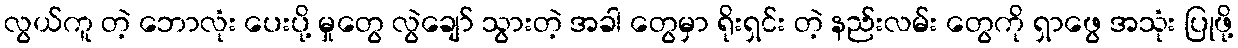
လွယ်ကူ တဲ့ ဘောလုံး ပေးပို့ မှုတွေ လွဲချော် သွားတဲ့ အခါ တွေမှာ ရိုးရှင်း တဲ့ နည်းလမ်း တွေကို ရှာဖွေ အသုံး ပြုဖို့